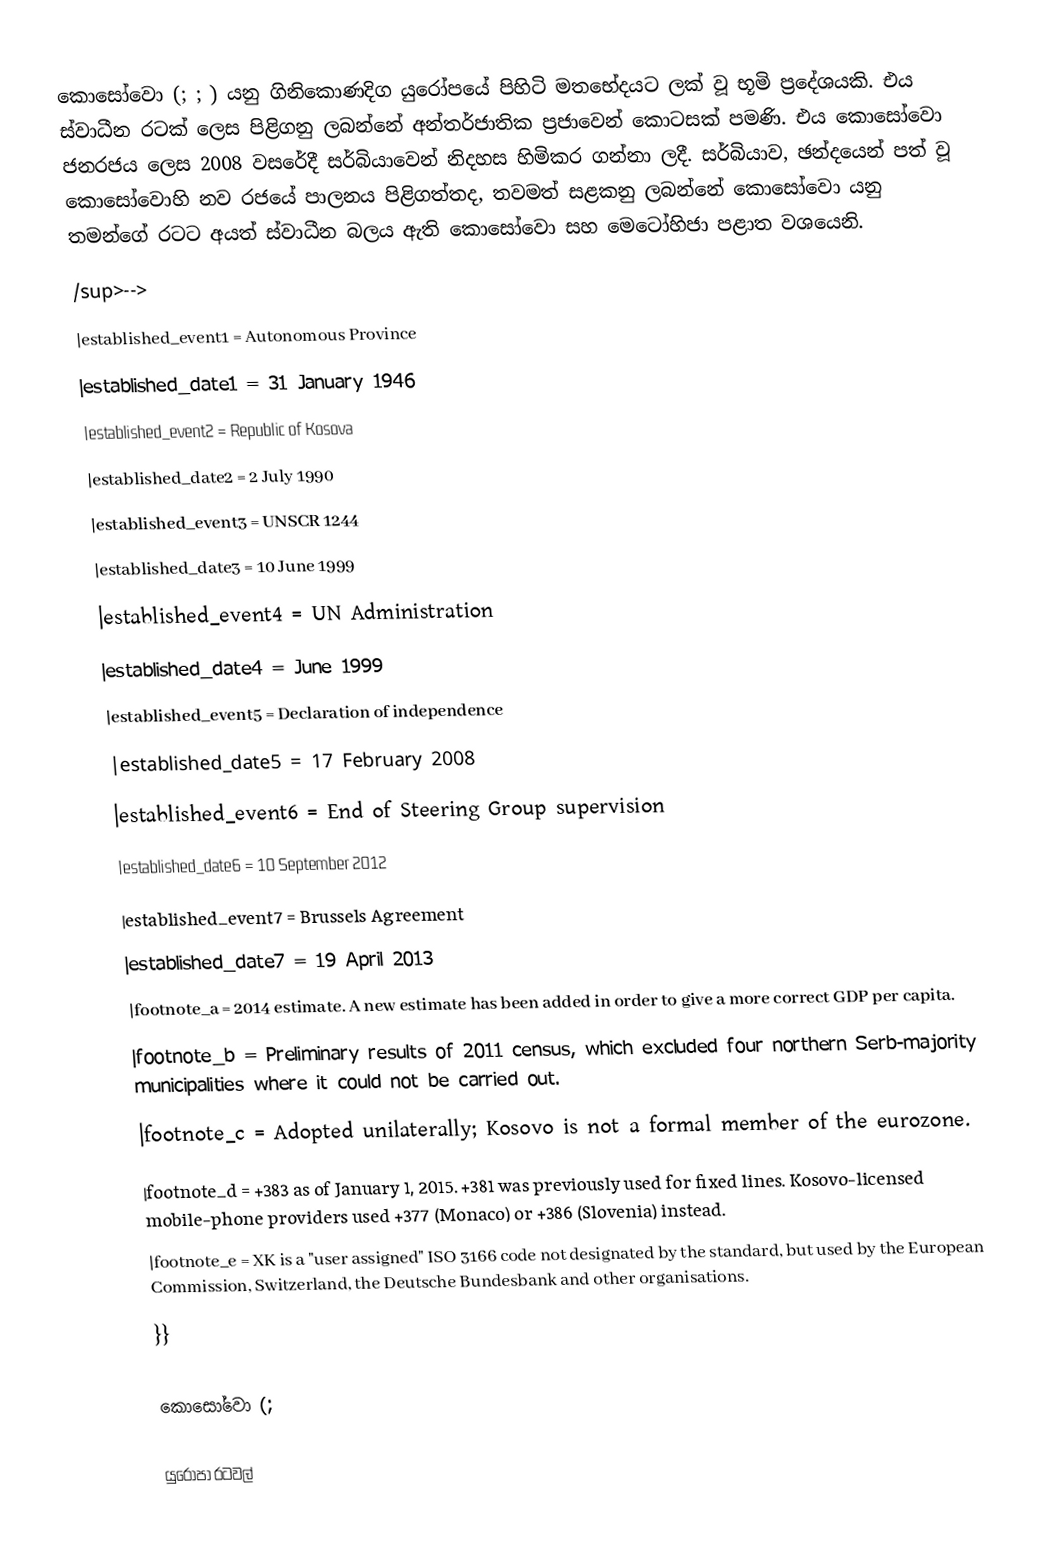
කොසෝවො (;  ; ) යනු ගිනිකොණදිග යුරෝපයේ පිහිටි මතභේදයට ලක් වූ භූමි ප්‍රදේශයකි.   එය ස්වාධීන රටක් ලෙස පිළිගනු ලබන්නේ අන්තර්ජාතික ප්‍රජාවෙන් කොටසක් පමණි. එය කොසෝවො ජනරජය ලෙස 2008 වසරේදී සර්බියාවෙන් නිදහස හිමිකර ගන්නා ලදී. සර්බියාව, ඡන්දයෙන් පත් වූ කොසෝවොහි නව රජයේ පාලනය පිළිගත්තද, තවමත් සළකනු ලබන්නේ කොසෝවො යනු තමන්ගේ රටට අයත් ස්වාධීන බලය ඇති කොසෝවො සහ මෙටෝහිජා පළාත වශයෙනි.
/sup>-->
|established_event1 = Autonomous Province
|established_date1 = 31 January 1946
|established_event2 = Republic of Kosova
|established_date2 = 2 July 1990
|established_event3 = UNSCR 1244
|established_date3 = 10 June 1999
|established_event4 = UN Administration
|established_date4 = June 1999
|established_event5 = Declaration of independence
|established_date5 = 17 February 2008
|established_event6 = End of Steering Group supervision
|established_date6 = 10 September 2012
|established_event7 = Brussels Agreement
|established_date7 = 19 April 2013
|footnote_a = 2014 estimate. A new estimate has been added in order to give a more correct GDP per capita.
|footnote_b = Preliminary results of 2011 census, which excluded four northern Serb-majority municipalities where it could not be carried out.
|footnote_c = Adopted unilaterally; Kosovo is not a formal member of the eurozone.
|footnote_d = +383 as of January 1, 2015. +381 was previously used for fixed lines. Kosovo-licensed mobile-phone providers used +377 (Monaco) or +386 (Slovenia) instead.
|footnote_e = XK is a "user assigned" ISO 3166 code not designated by the standard, but used by the European Commission, Switzerland, the Deutsche Bundesbank and other organisations.
}}

කොසෝවො (;

යුරෝපා රටවල්‎